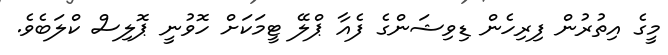
މީގެ އިތުރުން ފިރިހެން ޑިވިޝަންގެ ފެއާ ޕްލޭ ޓީމަކަށް ހޮވުނީ ޕޮލިސް ކްލަބެވެ.